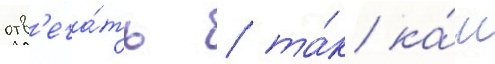
отв'еча́ть / та́к ка́к